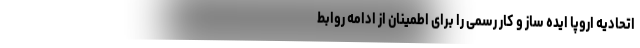
اتحادیه اروپا ایده ساز و کار رسمی را برای اطمینان از ادامه روابط